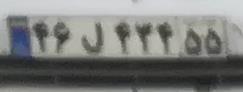
۴۶ل۴۲۴۵۵